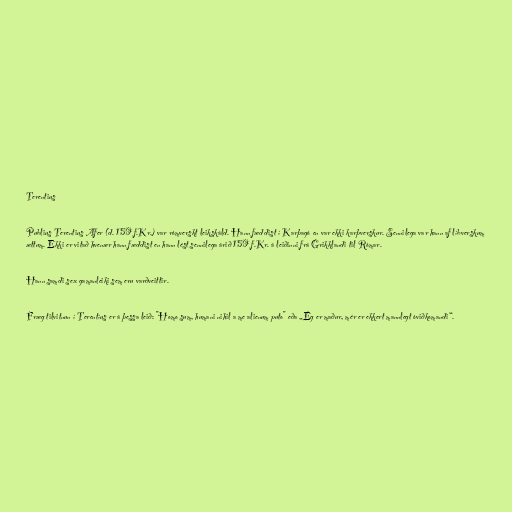
Terentius

Publius Terentius Afer (d. 159 f.Kr.) var rómverskt leikskáld. Hann fæddist í Karþagó en var ekki karþverskur. Sennilega var hann af líbverskum
ættum. Ekki er vitað hvenær hann fæddist en hann lést sennilega árið 159 f.Kr. á leiðinni frá Grikklandi til Rómar.

Hann samdi sex gamanleiki sem eru varðveittir.

Fræg tilvitnun í Terentíus er á þessa leið: "Homo sum, humani nihil a me alienum puto" eða „Ég er maður, mér er ekkert mannlegt óviðkomandi“.